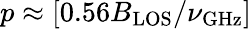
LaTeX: p\approx[0.56B_{\mathrm{LOS}}/\nu_{\mathrm{GHz}}]